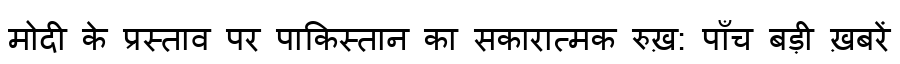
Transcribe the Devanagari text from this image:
मोदी के प्रस्ताव पर पाकिस्तान का सकारात्मक रुख़: पाँच बड़ी ख़बरें